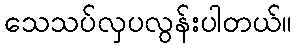
သေသပ်လှပလွန်းပါတယ်။